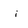
Character: i